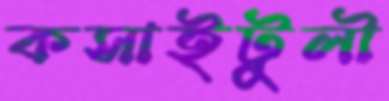
কসাইটুলী